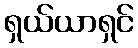
ရှယ်ယာရှင်